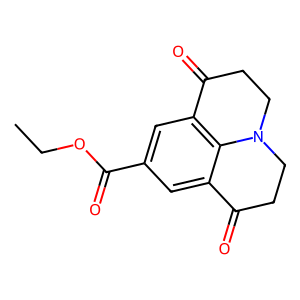
SMILES: CCOC(=O)c1cc2c3c(c1)C(=O)CCN3CCC2=O
Inhibits HIV replication: No